Vaccine operations Central Provinces 1868-1885 - 1868-1885
Year: 1868
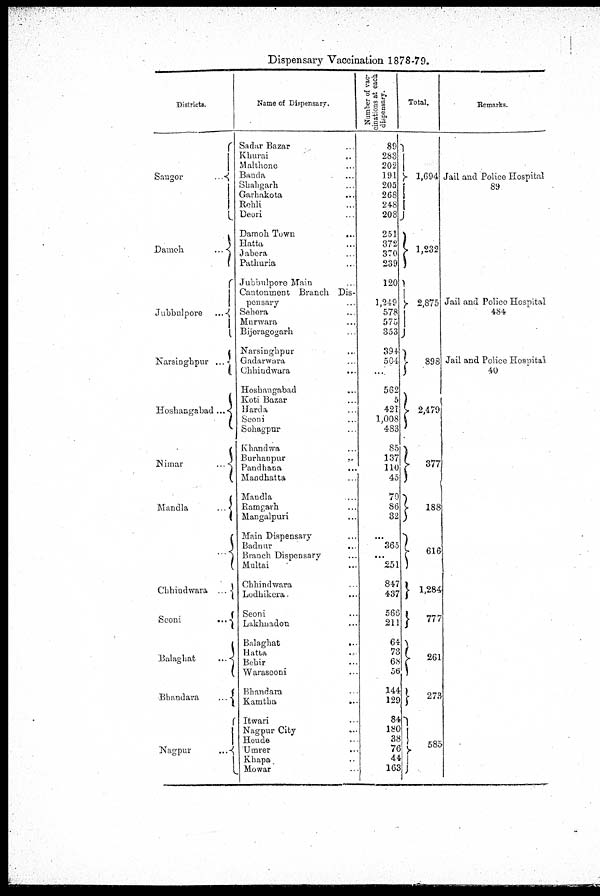
Dispensary Vaccination 1878-79.
Districts.
Saugor
...
Damch
...
Jubbulpore
...
Karsinghpur
...
Hoshangabad...
Nimar
...
Mandla
...
...
Chhindwara
...
Seoni
...
Balaghat
...
Bhandara
...
Nagpur
...
Name of Dispensary.
Sadar Bazar ...
Khurai ...
Malthone ...
Banda ...
Shahgarh ...
Garhakota
...
Rehli ...
Deori ...
Damoh Town
...
Hatta ...
Jabera ...
Pathuria ...
Jubbulpore Main ...
Cantonment Branch Dis-
pensary ...
Sehora ...
Murwara ...
Bijeragogarh
Narsinghpur ...
Gadarwara ...
Chhindwara
...
Hoshangabad ...
Koti Bazar ...
Harda
...
Seoni ...
Sohagpur ...
Khandwa ...
Burhanpur...
Pandhana ...
Mandhatta ...
Mandla ...
Ramgarh ...
Mangalpuri ...
Main Dispensary ...
Badnur ...
Branch Dispensary ...
Multai ...
Chhindwara
...
Lodhikera. ...
Seoni ...
Lakhnadon ...
Balaghat
...
Hatta ...
Behir ...
Waraseoni ...
Bhandara ...
Kamtha
...
Itwari ...
Nagpur City ...
Heude ...
Umrer ...
Khapa ...
Mowar ...
Number of vac-
cinations at each
dispensary.
89
283
202
191
205
268
248
208
251
372
370
239
120
1,249
578
575
353
394
504
...
562
5
421
1,008
483
85
137
110
45
70
86
32
...
365
...
251
847
437
566
211
64
73
68
56
144
129
84
180
38
76
44
163
Total.
1,694
1,232
2,875
898
2,479
377
188
616
1,284
777
261
273
585
Remarks.
Jail and Police Hospital
89
Jail and Police Hospital
484
Jail and Police Hospital
40